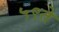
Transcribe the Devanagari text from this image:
५९ते